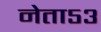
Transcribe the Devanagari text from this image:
नेता५३